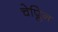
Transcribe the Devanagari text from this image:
चेप्लिन